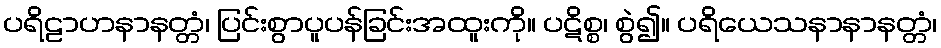
ပရိဠာဟနာနတ္တံ၊ ပြင်းစွာပူပန်ခြင်းအထူးကို။ ပဋိစ္စ၊ စွဲ၍။ ပရိယေသနာနာနတ္တံ၊